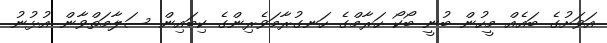
އަވަށުގެ ބައެއް މީހުން ބުނީ ބޯކޯ ހަރާމްގެ ހަނގުރާމަވެރިންގެ ކިބައިން ސަލާމަތްވާން އުޅުނު